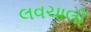
લવચાલી